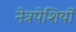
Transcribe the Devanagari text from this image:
नेत्रपेशियों